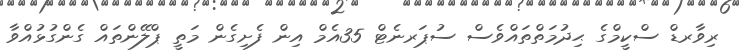
ރިވާރޑް ސްކީމްގެ ޙިދުމަތްތައްވެސް ސުޕަރނެޓް 35އެމް އިން ފެށިގެން މަތީ ޕްލޭންތައް ގެންގުޅުއްވާ